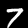
Label: 7